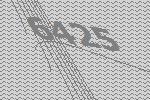
6425